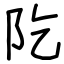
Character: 阣